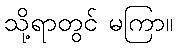
သို့ရာတွင် မကြာ။